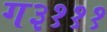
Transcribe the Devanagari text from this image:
ग३१११